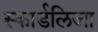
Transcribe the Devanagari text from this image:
स्कार्डलिजा